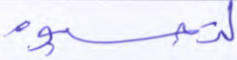
لتحسبوه